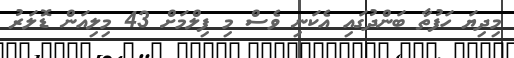
މިދިޔަ ހަފުތާ ބަންދުގައި އެކަނި ވެސް މި ފިލްމަށް 43 މިލިއަން ޑޮލަރު